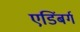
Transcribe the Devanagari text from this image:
एडिंबर्ग